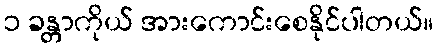
၁ ခန္တာကိုယ် အားကောင်းစေနိုင်ပါတယ်။